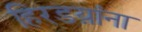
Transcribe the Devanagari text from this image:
हिरडय़ांना